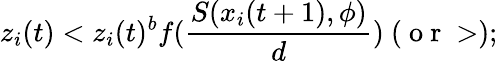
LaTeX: z_{i}(t)<z_{i}(t)^{b}f(\frac{S(x_{i}(t+1),\phi)}{d})~(\mathrm{~o~r~}>);